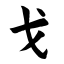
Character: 戈